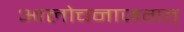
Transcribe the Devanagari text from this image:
आलोचनाजगत्